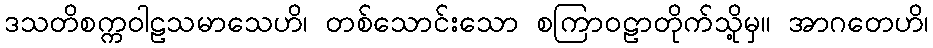
ဒသတိစက္ကဝါဠသမာသေဟိ၊ တစ်သောင်းသော စကြာဝဠာတိုက်သို့မှ။ အာဂတေဟိ၊